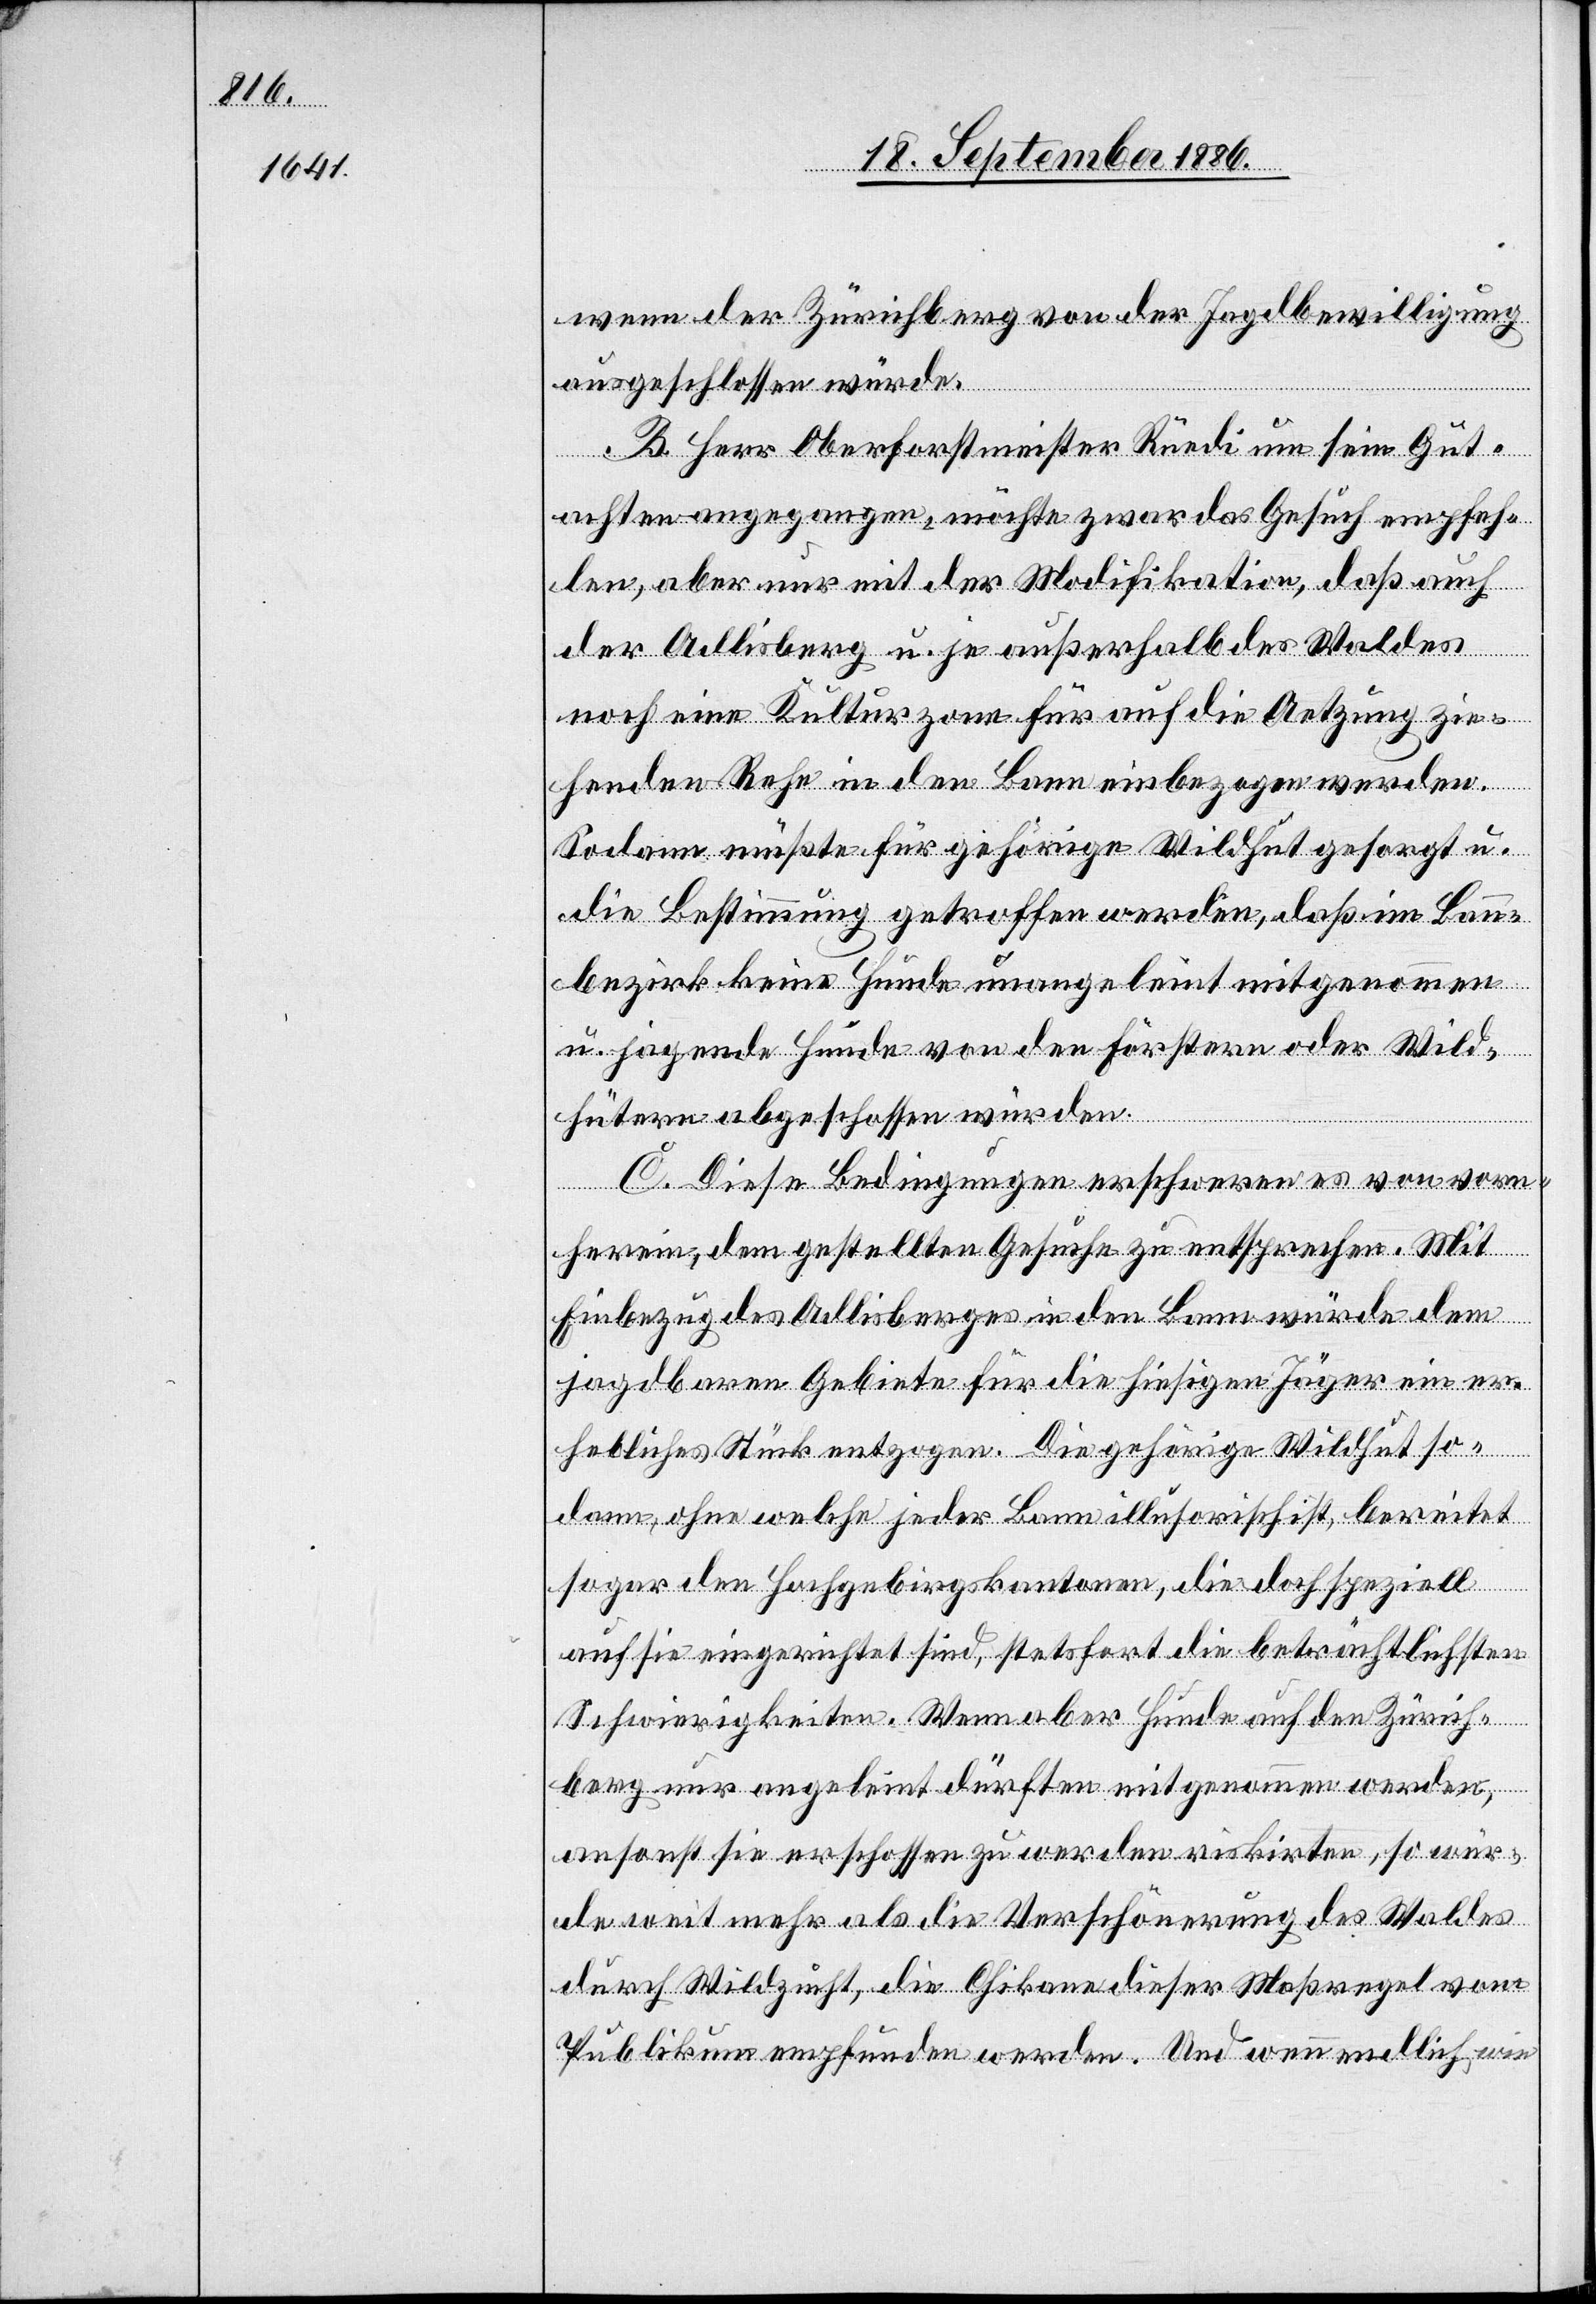
wenn der Zürichberg von der Jagdbewilligung
ausgeschlossen würde.
B. Her Oberforstmeister Rüedi um sein Gut¬
achten angegangen, möchte zwar das Gesuch empfeh¬
len, aber nur mit der Modifikation, daß auch
der Adlisberg u. je außerhalb des Waldes
zogen werden.
noch eine Kulturzone für auf die Aetzung z¬
Sodann müßte für gehörige Wildhut gesorgt u.
die Bestimmung getroffen werden, daß im Bann¬
bezirk keine Hunde unangeleint mitgenommen
u. jagende Hunde von den Förstern oder Wild¬
hütern abgeschossen würden.
C. Diese Bedingungen erschweren von vorn¬
herein, dem gestellten Gesuche zu entsprechen. Mit
Einbezug des Adlisberges in den Bann würde dem
jagdbaren Gebiete für die hiesigen Jäger ein er¬
hebliches Stück entzogen. Die gehörige Wildhut so¬
dann, ohne welche jeder Bann illusorisch ist, bereitet
sogar den Hochgebirgskantonen, die doch speziell
auf sie eingerichtet sind, stetsfort die beträchtlichsten
Schwierigkeiten. Wenn aber Hunde auf den Zürich¬
berg nur angeleint dürften mitgenommen werden,
ansonst sie erschossen zu werden riskirten, so wür¬
de weit mehr als die Verschönerung des Waldes
durch Wildzucht, die Chikane dieser Maßregel vom
Publikum empfunden werden. Und wenn endlich, wie